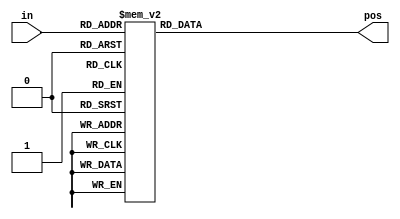
/*A priority encoder is a combinational circuit that, when given an input bit vector, outputs 
the position of the first 1 bit in the vector. For example, a 8-bit priority encoder given 
the input 8'b10010000 would output 3'd4, because bit[4] is first bit that is high.

Build a 4-bit priority encoder. For this problem, if none of the input bits are high (i.e., input is zero), 
output zero. Note that a 4-bit number has 16 possible combinations.*/
module top_module (
    input [3:0] in,
    output reg [1:0] pos  );
    always@(*)
        begin
        case({in[3],in[2],in[1],in[0]})
            4'b0000: pos=3'd0;
            4'b0001: pos=3'd0;
            4'b0010: pos=3'd1;
            4'b0011: pos=3'd0;
            4'b0100: pos=3'd2;
            4'b0101: pos=3'd0;
            4'b0110: pos=3'd1;
            4'b0111: pos=3'd0;
            4'b1000: pos=3'd3;
            4'b1001: pos=3'd0;
            4'b1010: pos=3'd1;
            4'b1011: pos=3'd0;
            4'b1100: pos=3'd2;
            4'b1101: pos=3'd0;
            4'b1110: pos=3'd1;
            4'b1111: pos=3'd0;
        endcase
        end
    
            
endmodule